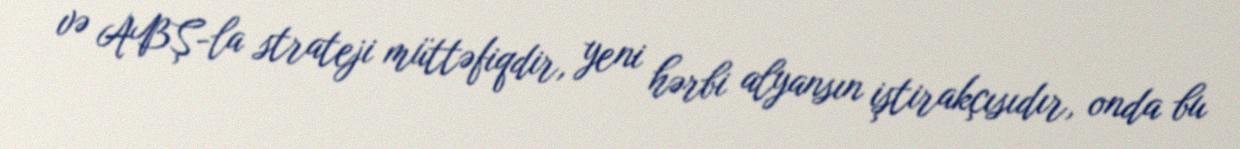
və ABŞ-la strateji müttəfiqdir, yeni hərbi alyansın iştirakçısıdır, onda bu